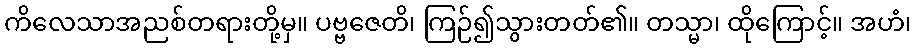
ကိလေသာအညစ်တရားတို့မှ။ ပဗ္ဗဇေတိ၊ ကြဉ်၍သွားတတ်၏။ တသ္မာ၊ ထိုကြောင့်။ အဟံ၊